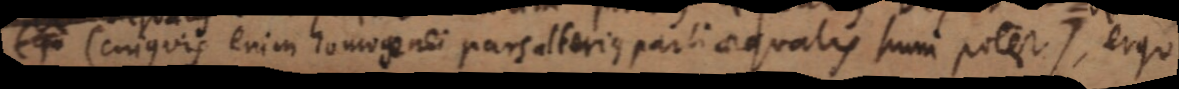
_ (cujus vis enim homogenei pars alterius parti aequalis sumi potest), ergo